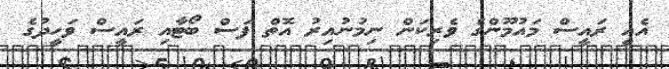
އެއީ ރައީސް މައުމޫންގެ ވެރިކަން ނިމުނުއިރު އޮތް ފަސް ބޯޓާއި ރައީސް ވަހީދުގެ